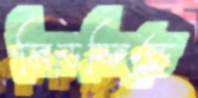
মিডফিল্ডে